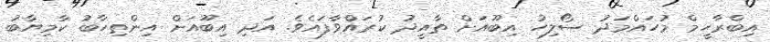
އިބްރާހީމް މުހައްމަދު ސޯލިހު އިބޫއަށް ތާއީދު ކުރައްވާފައެވެ. އަދި އިބޫއަށް އިންތިހާބު ކާމިޔާބު